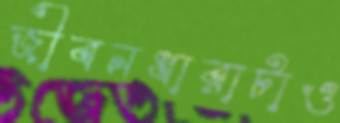
জীবনধারাটাও